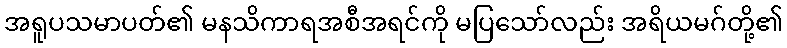
အရူပသမာပတ်၏ မနသိကာရအစီအရင်ကို မပြသော်လည်း အရိယမဂ်တို့၏